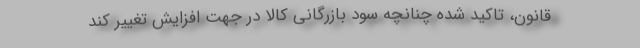
قانون، تاکید شده چنانچه سود بازرگانی کالا در جهت افزایش تغییر کند